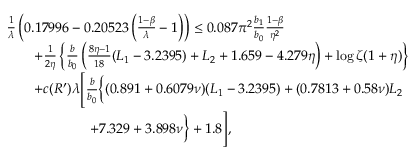
\begin{array} { r l } & { \frac { 1 } { \lambda } \left( 0 . 1 7 9 9 6 - 0 . 2 0 5 2 3 \left( \frac { 1 - \beta } { \lambda } - 1 \right) \right) \le 0 . 0 8 7 \pi ^ { 2 } \frac { b _ { 1 } } { b _ { 0 } } \frac { 1 - \beta } { \eta ^ { 2 } } } \\ & { \qquad + \frac { 1 } { 2 \eta } \left\{ \frac { b } { b _ { 0 } } \left( \frac { 8 \eta - 1 } { 1 8 } ( L _ { 1 } - 3 . 2 3 9 5 ) + L _ { 2 } + 1 . 6 5 9 - 4 . 2 7 9 \eta \right) + \log \zeta ( 1 + \eta ) \right\} } \\ & { \qquad + c ( R ^ { \prime } ) \lambda \Bigg [ \frac { b } { b _ { 0 } } \bigg \{ ( 0 . 8 9 1 + 0 . 6 0 7 9 \nu ) ( L _ { 1 } - 3 . 2 3 9 5 ) + ( 0 . 7 8 1 3 + 0 . 5 8 \nu ) L _ { 2 } } \\ & { \qquad \qquad \qquad + 7 . 3 2 9 + 3 . 8 9 8 \nu \bigg \} + 1 . 8 \Bigg ] , } \end{array}